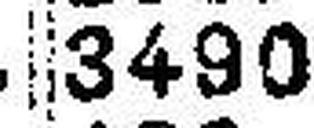
3490